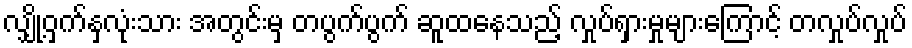
လျှို့ဝှက်နှလုံးသား အတွင်းမှ တပွက်ပွက် ဆူထနေသည့် လှုပ်ရှားမှုများကြောင့် တလှုပ်လှုပ်